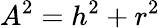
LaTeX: A^{2}=h^{2}+r^{2}